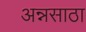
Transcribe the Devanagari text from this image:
अन्नसाठा